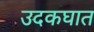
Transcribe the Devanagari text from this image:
उदकघात